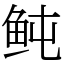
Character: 鲀